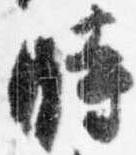
時